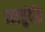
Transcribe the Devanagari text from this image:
रातधुंदीत